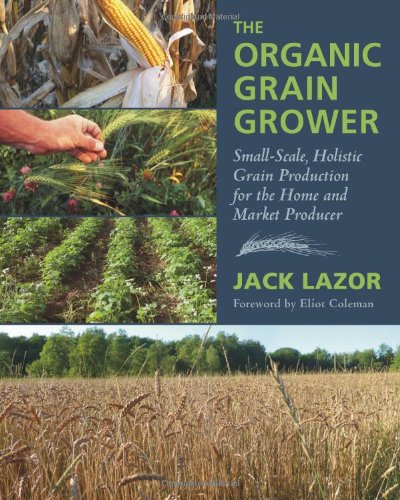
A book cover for The Organic Grain Grower: Small-Scale, Holistic Grain Production for the Home and Market Producer; Jack Lazor; Crafts, Hobbies & Home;